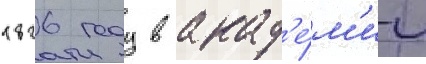
1826 году в акад'е́м'ии